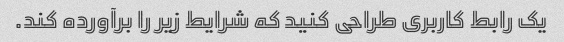
یک رابط کاربری طراحی کنید که شرایط زیر را برآورده کند.